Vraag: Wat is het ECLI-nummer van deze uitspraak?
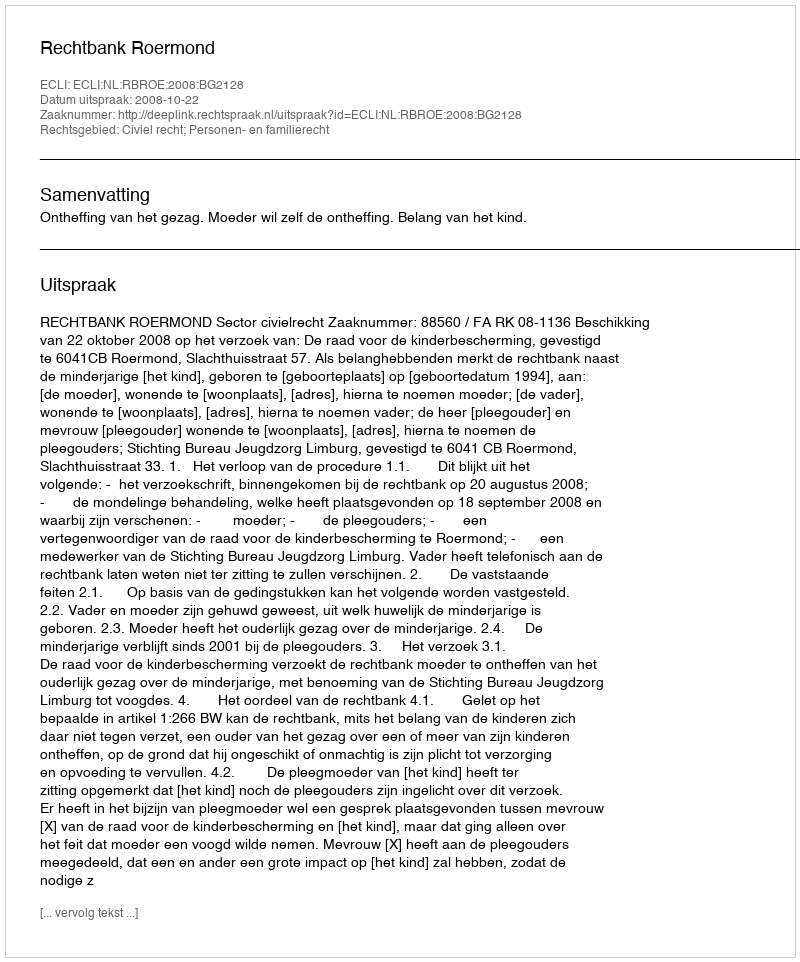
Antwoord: ECLI:NL:RBROE:2008:BG2128